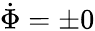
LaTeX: \dot{\Phi}=\pm 0